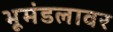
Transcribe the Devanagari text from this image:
भूमंडलावर